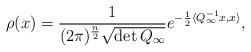
LaTeX: \begin{align*}\rho(x)=\frac{1}{(2\pi)^{\frac{n}{2}}\sqrt{\det Q_{\infty}}}e^{-\frac{1}{2}\langle Q_{\infty}^{-1}x,x\rangle},\end{align*}